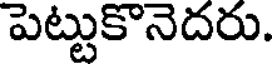
పెట్టుకొనెదరు.